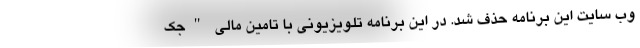
وب سایت این برنامه حذف شد. در این برنامه تلویزیونی با تامین مالی "جک